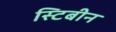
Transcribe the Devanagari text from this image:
स्टिबीन